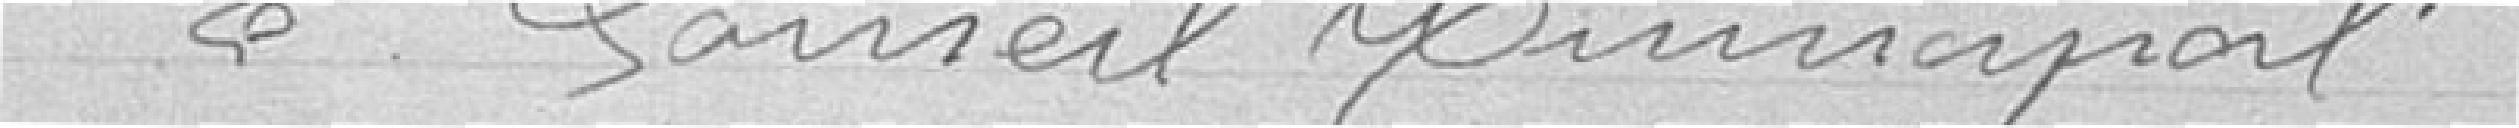
Le Conseil Municipal